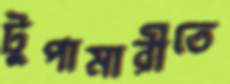
টুপামারীতে